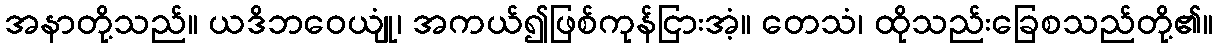
အနာတို့သည်။ ယဒိဘဝေယျုံ၊ အကယ်၍ဖြစ်ကုန်ငြားအံ့။ တေသံ၊ ထိုသည်းခြေစသည်တို့၏။